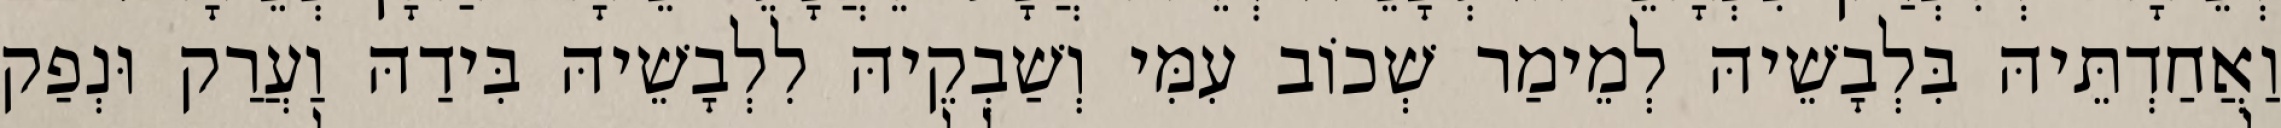
וַאֲחַדְתֵּיהּ בִּלְבָשֵׁיהּ לְמֵימַר שְׁכוֹב עִמִּי וְשַׁבְקֵיהּ לִלְבָשֵׁיהּ בִּידַהּ וַעֲרַק וּנְפַק